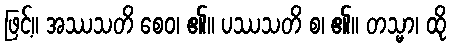
ဖြင့်။ အဿသတိ စေဝ၊ ၏။ ပဿသတိ စ၊ ၏။ တသ္မာ၊ ထို